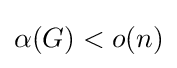
\alpha (G)<o(n)